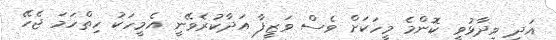
އަދި ވިދާޅުވީ ކޮންމެ މީހަކަށް ވެސް ވަޒީފާ އަދާކުރެވޭނީ އެމީހަކު ހިތްހަމަ ޖެހޭ